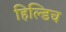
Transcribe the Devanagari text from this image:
हिल्डिच